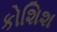
કોશિશ